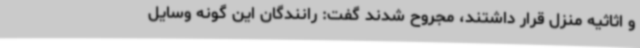
و اثاثیه منزل قرار داشتند، مجروح شدند گفت: رانندگان این گونه وسایل